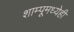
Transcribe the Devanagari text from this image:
शाम्पूमध्येही